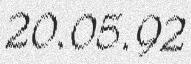
20.05.92